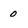
Character: O